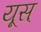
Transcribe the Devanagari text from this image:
यूस्